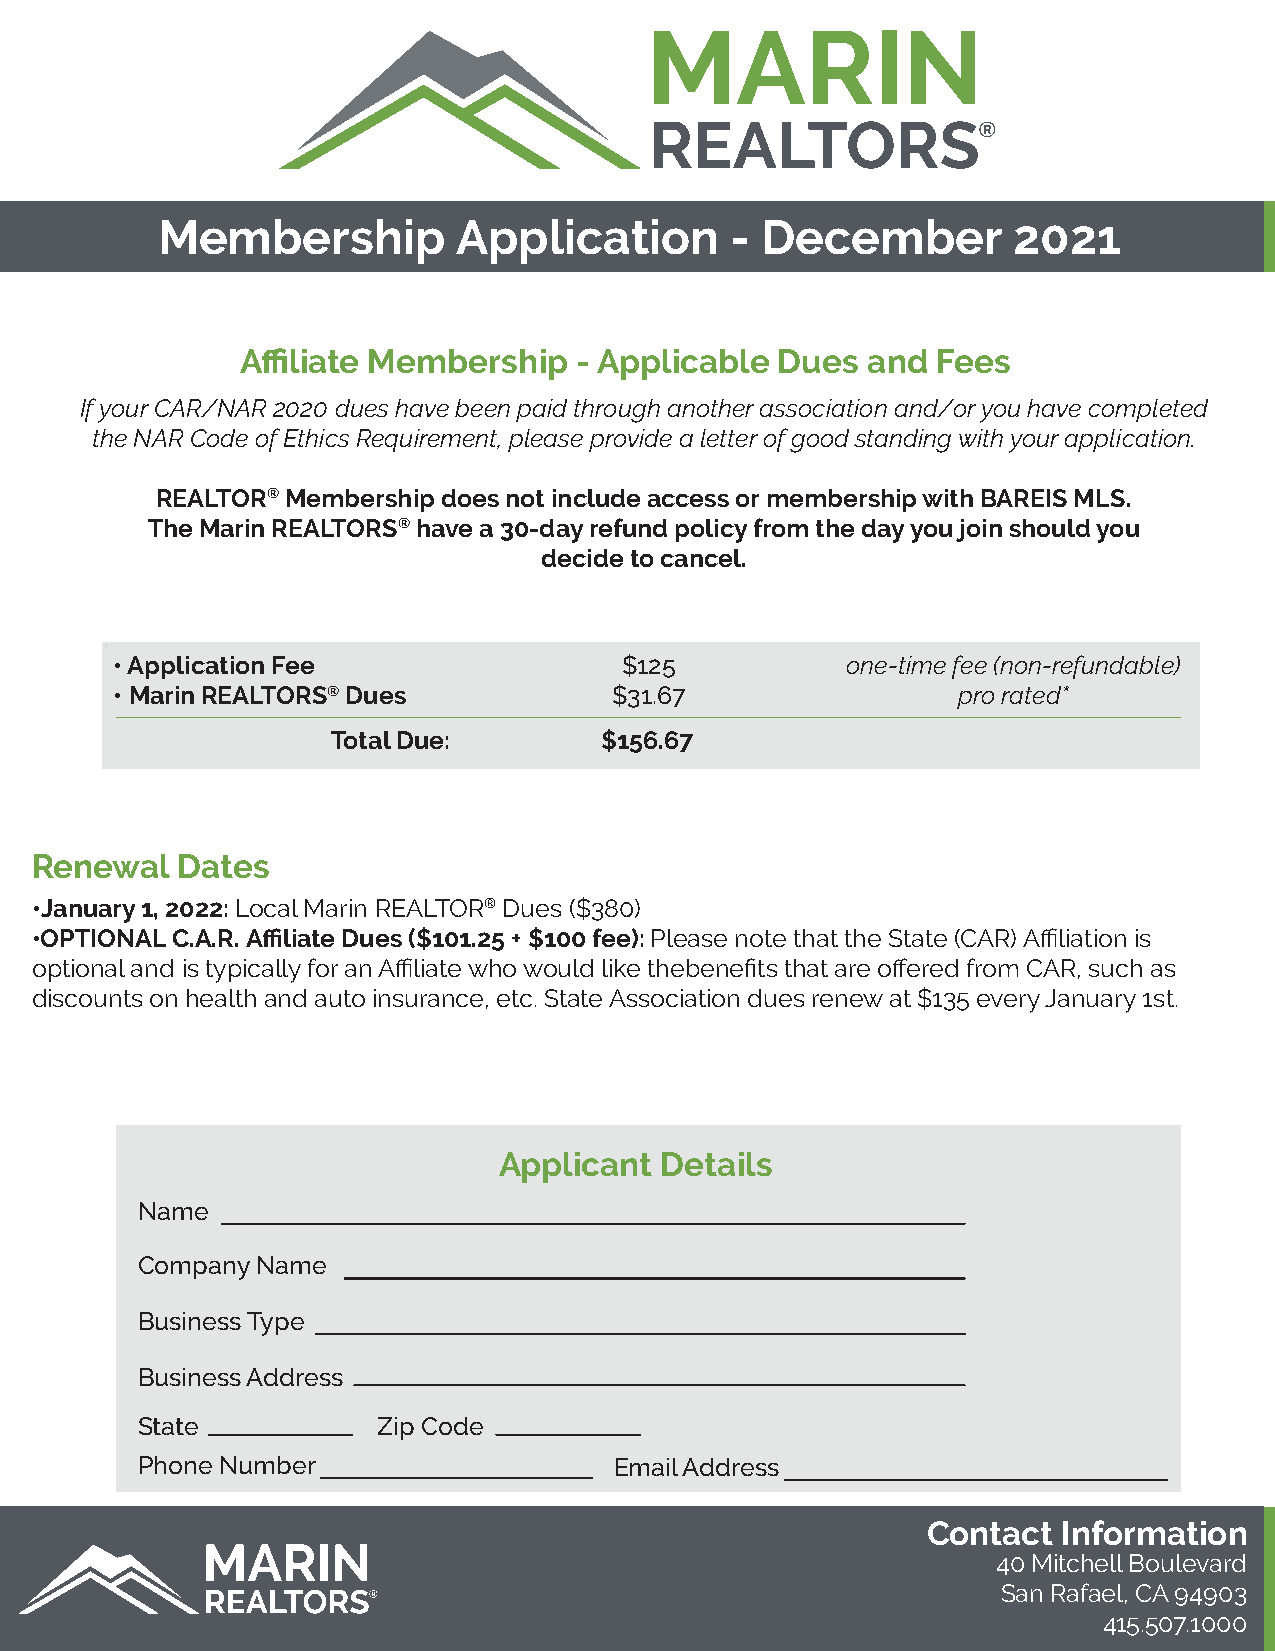
Membership          Application       - December         2021
 Affiliate Membership  - Applicable  Dues and  Fees
 If your CAR/NAR 2020 dues have been paid through another association and/or you have completed
 the NAR Code of Ethics Requirement, please provide a letter of good standing with your application.
 REALTOR® Membership does not include access or membership with BAREIS MLS.
 The Marin REALTORS® have a 30-day refund policy from the day you join should you
 decide to cancel.
 `
 • Application Fee                $125           one-time fee (non-refundable)
 • Marin REALTORS® Dues          $31.67                 pro rated*
 Total Due:        $156.67
 Renewal   Dates
 •January 1, 2022: Local Marin REALTOR® Dues ($380)
 •OPTIONAL C.A.R. Affiliate Dues ($101.25 + $100 fee): Please note that the State (CAR) Affiliation is
 optional and is typically for an Affiliate who would like thebenefits that are offered from CAR, such as
 discounts on health and auto insurance, etc. State Association dues renew at $135 every January 1st.
 Applicant  Details
 Name
 Company Name
 Business Type
 Business Address
 State           Zip Code
 Phone Number                    Email Address
 Contact  Information
 40 Mitchell Boulevard
 San Rafael, CA 94903
 415.507.1000